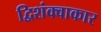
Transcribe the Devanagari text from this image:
द्विशंक्वाकार